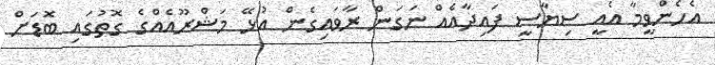
އެހެންވީމާ އެއީ ސިޔާސީ ފައިދާއެއް ނަގަން ރާވައިގެން އުޅޭ މަޝްރޫއެއްގެ ގޮތުގައި ބޮޑަށް